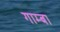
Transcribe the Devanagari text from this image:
गाम्बा